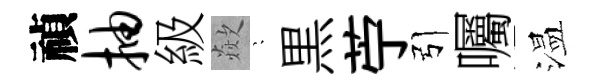
禎抽級歘隠黒苧引囑温